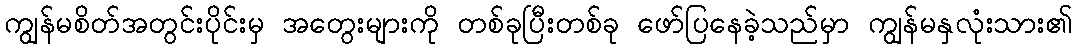
ကျွန်မစိတ်အတွင်းပိုင်းမှ အတွေးများကို တစ်ခုပြီးတစ်ခု ဖော်ပြနေခဲ့သည်မှာ ကျွန်မနှလုံးသား၏